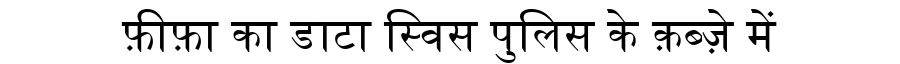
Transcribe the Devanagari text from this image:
फ़ीफ़ा का डाटा स्विस पुलिस के क़ब्ज़े में